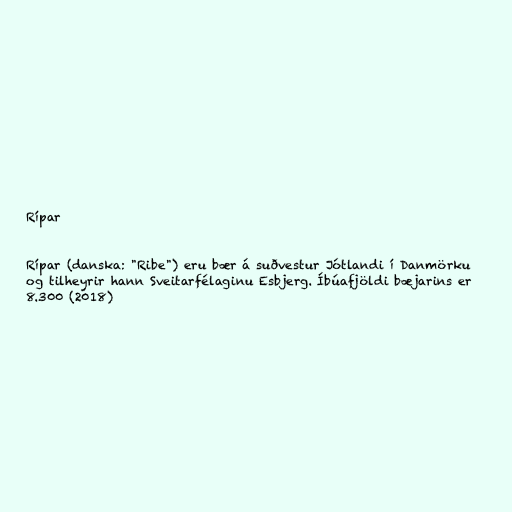
Rípar

Rípar (danska: "Ribe") eru bær á suðvestur Jótlandi í Danmörku
og tilheyrir hann Sveitarfélaginu Esbjerg. Íbúafjöldi bæjarins er
8.300 (2018)